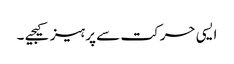
ایسی حرکت سے پرہیز کیجیے ۔